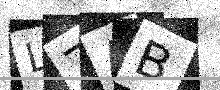
Text: L7AB